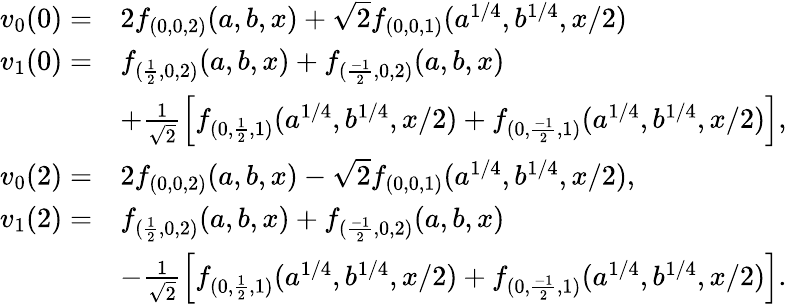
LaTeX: \begin{array}{rl}{v_{0}(0)=}&{2f_{(0,0,2)}(a,b,x)+\sqrt{2}f_{(0,0,1)}(a^{1/4},b^{1/4},x/2)}\\ {v_{1}(0)=}&{f_{(\frac{1}{2},0,2)}(a,b,x)+f_{(\frac{-1}{2},0,2)}(a,b,x)}\\ &{+\frac{1}{\sqrt{2}}\left[f_{(0,\frac{1}{2},1)}(a^{1/4},b^{1/4},x/2)+f_{(0,\frac{-1}{2},1)}(a^{1/4},b^{1/4},x/2)\right],}\\ {v_{0}(2)=}&{2f_{(0,0,2)}(a,b,x)-\sqrt{2}f_{(0,0,1)}(a^{1/4},b^{1/4},x/2),}\\ {v_{1}(2)=}&{f_{(\frac{1}{2},0,2)}(a,b,x)+f_{(\frac{-1}{2},0,2)}(a,b,x)}\\ &{-\frac{1}{\sqrt{2}}\left[f_{(0,\frac{1}{2},1)}(a^{1/4},b^{1/4},x/2)+f_{(0,\frac{-1}{2},1)}(a^{1/4},b^{1/4},x/2)\right].}\end{array}